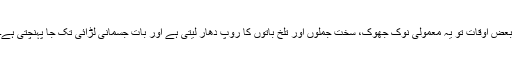
بعض اوقات تو یہ معمولی نوک جھوک، سخت جملوں اور تلخ باتوں کا روپ دھار لیتی ہے اور بات جسمانی لڑائی تک جا پہنچتی ہے۔